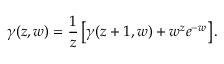
\gamma ( z , w ) = \frac { 1 } { z } \left[ \gamma ( z + 1 , w ) + w ^ { z } e ^ { - w } \right] .